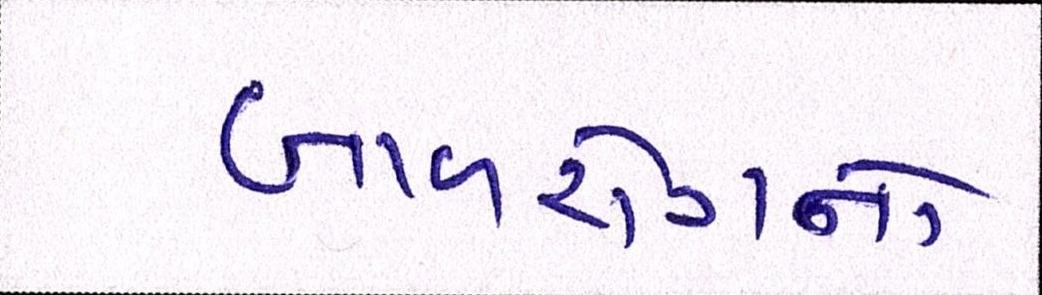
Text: બાળરોગનો